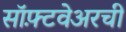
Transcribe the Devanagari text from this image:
सॉफ़्टवेअरची